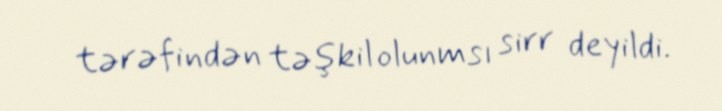
tərəfindən təşkil olunmsı sirr deyildi.